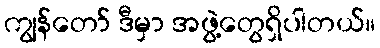
ကျွန်တော် ဒီမှာ အဖွဲ့တွေရှိပါတယ်။